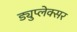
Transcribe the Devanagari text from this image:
ड्युप्लेक्सर